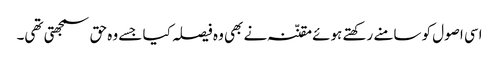
اسی اصول کو سامنے رکھتے ہوئے مقنّنہ نے بھی وہ فیصلہ کیا جسے وہ حق سمجھتی تھی۔